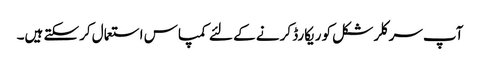
آپ سرکلر شکل کو ریکارڈ کرنے کے لئے کمپاس استعمال کرسکتے ہیں۔